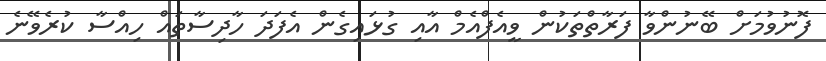
ފޮނުވުމަށް ބޭނުންވާ ފަރާތްތަކުން ވީއެފްއެމް އާއި ގުޅައިގެން އެފަދަ ހާދިސާތައް ހިއްސާ ކުރެވޭނެ